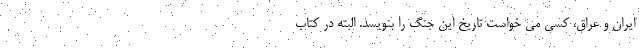
ایران و عراق، کسی می خواست تاریخ این جنگ را بنویسد. البته در کتاب